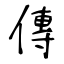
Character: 傳